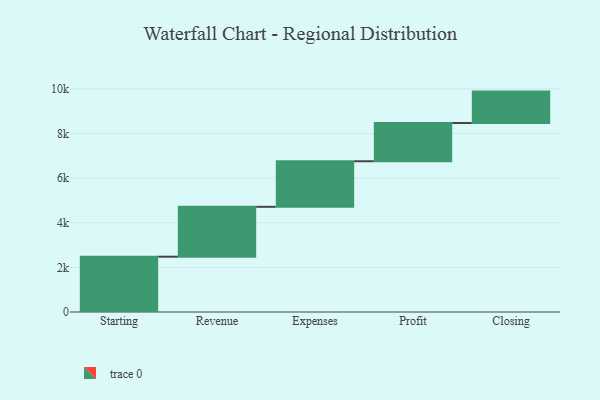
{"axis": {"x": "Step", "y": "Value"}, "legend": [""], "data": [{"x": "Starting", "y": 2479.0, "type": ""}, {"x": "Revenue", "y": 2236.0, "type": ""}, {"x": "Expenses", "y": 2042.0, "type": ""}, {"x": "Profit", "y": 1713.0, "type": ""}, {"x": "Closing", "y": 1409.0, "type": ""}]}